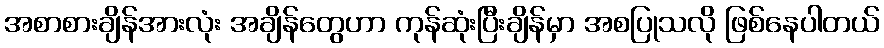
အစာစားချိန်အားလုံး အချိန်တွေဟာ ကုန်ဆုံးပြီးချိန်မှာ အစပြုသလို ဖြစ်နေပါတယ်